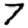
Digit: 7